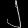
Digit: ၂